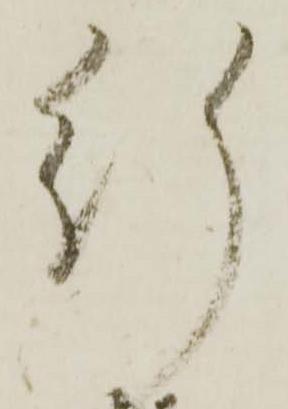
行